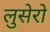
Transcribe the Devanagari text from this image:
लुसेरो